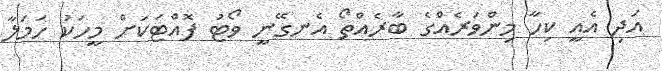
އަދި އެއީ ކިހާ މިންވަރެއްގެ ބާރެއްތޯ އެނގޭނީ ވޯޓު ފޮއްޓަކަށް މީހަކު ހަމަލާ